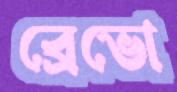
ব্রেভো